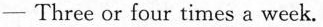
- Three or four times a week.